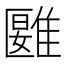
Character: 𩀀